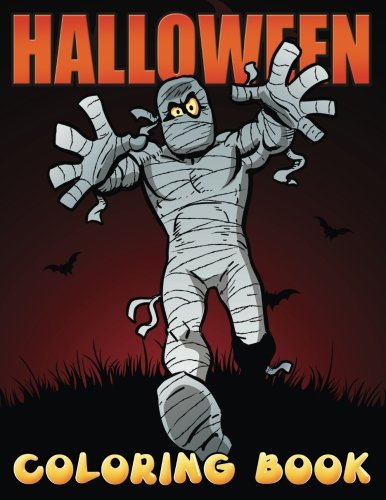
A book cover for Halloween Coloring Book; Art160; Children's Books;